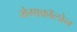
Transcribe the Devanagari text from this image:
मेगाकॉलोन